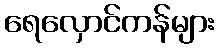
ရေလှောင်ကန်များ